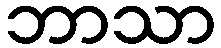
ဘာသာ